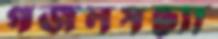
গজলসন্ধ্যা